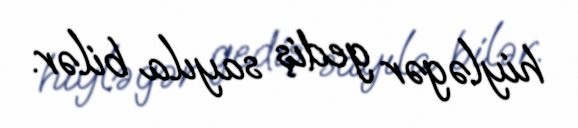
hiyləgər gediş sayıla bilər.